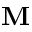
{ \bf M }